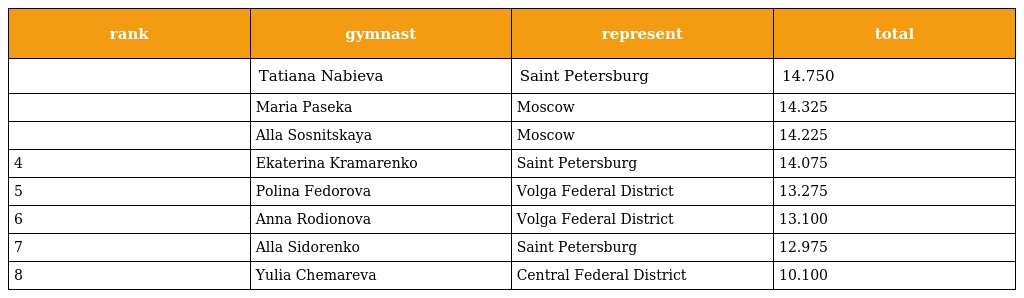
| rank | gymnast | represent | total |
 | --- | --- | --- | --- |
 |  | Tatiana Nabieva | Saint Petersburg | 14.750 |
 |  | Maria Paseka | Moscow | 14.325 |
 |  | Alla Sosnitskaya | Moscow | 14.225 |
 | 4 | Ekaterina Kramarenko | Saint Petersburg | 14.075 |
 | 5 | Polina Fedorova | Volga Federal District | 13.275 |
 | 6 | Anna Rodionova | Volga Federal District | 13.100 |
 | 7 | Alla Sidorenko | Saint Petersburg | 12.975 |
 | 8 | Yulia Chemareva | Central Federal District | 10.100 |